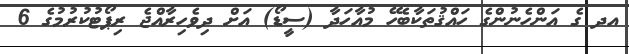
އދ ގެ އަންހެނުންގެ ހައްޤުތަކާބެހޭ މުއާހަދާ (ސީޑޯ) އަށް ދިވެހިރާއްޖެ ރިޕޯޓުކުރުމުގެ 6